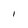
Character: 1